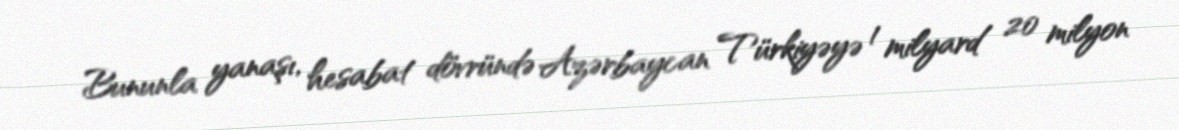
Bununla yanaşı, hesabat dövründə Azərbaycan Türkiyəyə 1 milyard 20 milyon